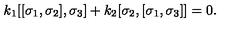
k _ { 1 } [ [ \sigma _ { 1 } , \sigma _ { 2 } ] , \sigma _ { 3 } ] + k _ { 2 } [ \sigma _ { 2 } , [ \sigma _ { 1 } , \sigma _ { 3 } ] ] = 0 .